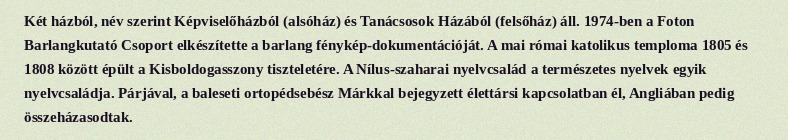
Két házból, név szerint Képviselőházból (alsóház) és Tanácsosok Házából (felsőház) áll. 1974-ben a Foton Barlangkutató Csoport elkészítette a barlang fénykép-dokumentációját. A mai római katolikus temploma 1805 és 1808 között épült a Kisboldogasszony tiszteletére. A Nílus-szaharai nyelvcsalád a természetes nyelvek egyik nyelvcsaládja. Párjával, a baleseti ortopédsebész Márkkal bejegyzett élettársi kapcsolatban él, Angliában pedig összeházasodtak.